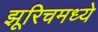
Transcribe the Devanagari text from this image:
झूरिचमध्ये